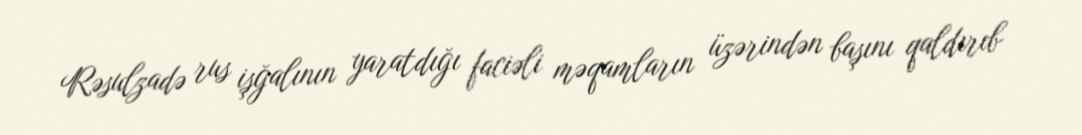
Rəsulzadə rus işğalının yaratdığı faciəli məqamların üzərindən başını qaldırıb